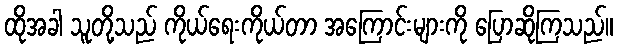
ထိုအခါ သူတို့သည် ကိုယ်ရေးကိုယ်တာ အကြောင်းများကို ပြောဆိုကြသည်။